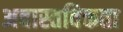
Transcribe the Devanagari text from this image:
अवास्तविकता